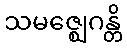
သမဇ္ဈေဂန္တိ